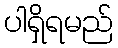
ပါရှိရမည်